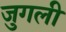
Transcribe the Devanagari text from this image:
जुगली